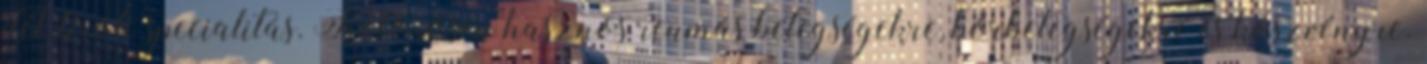
dél-tiroli specialitás. Különösen hasznos reumás betegségekre, bőrbetegségekre és köszvényre.